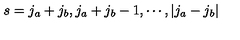
s = j _ { a } + j _ { b } , j _ { a } + j _ { b } - 1 , \cdots , | j _ { a } - j _ { b } |